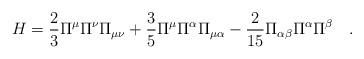
LaTeX: \begin{align*}H=\frac{2}{3}\Pi^\mu\Pi^\nu\Pi_{\mu\nu}+\frac{3}{5}\Pi^\mu\Pi^\alpha \Pi_{\mu\alpha}- \frac{2}{15}\Pi_{\alpha\beta}\Pi^\alpha \Pi^\beta \quad . \end{align*}